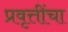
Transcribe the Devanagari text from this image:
प्रवृत्तींचा